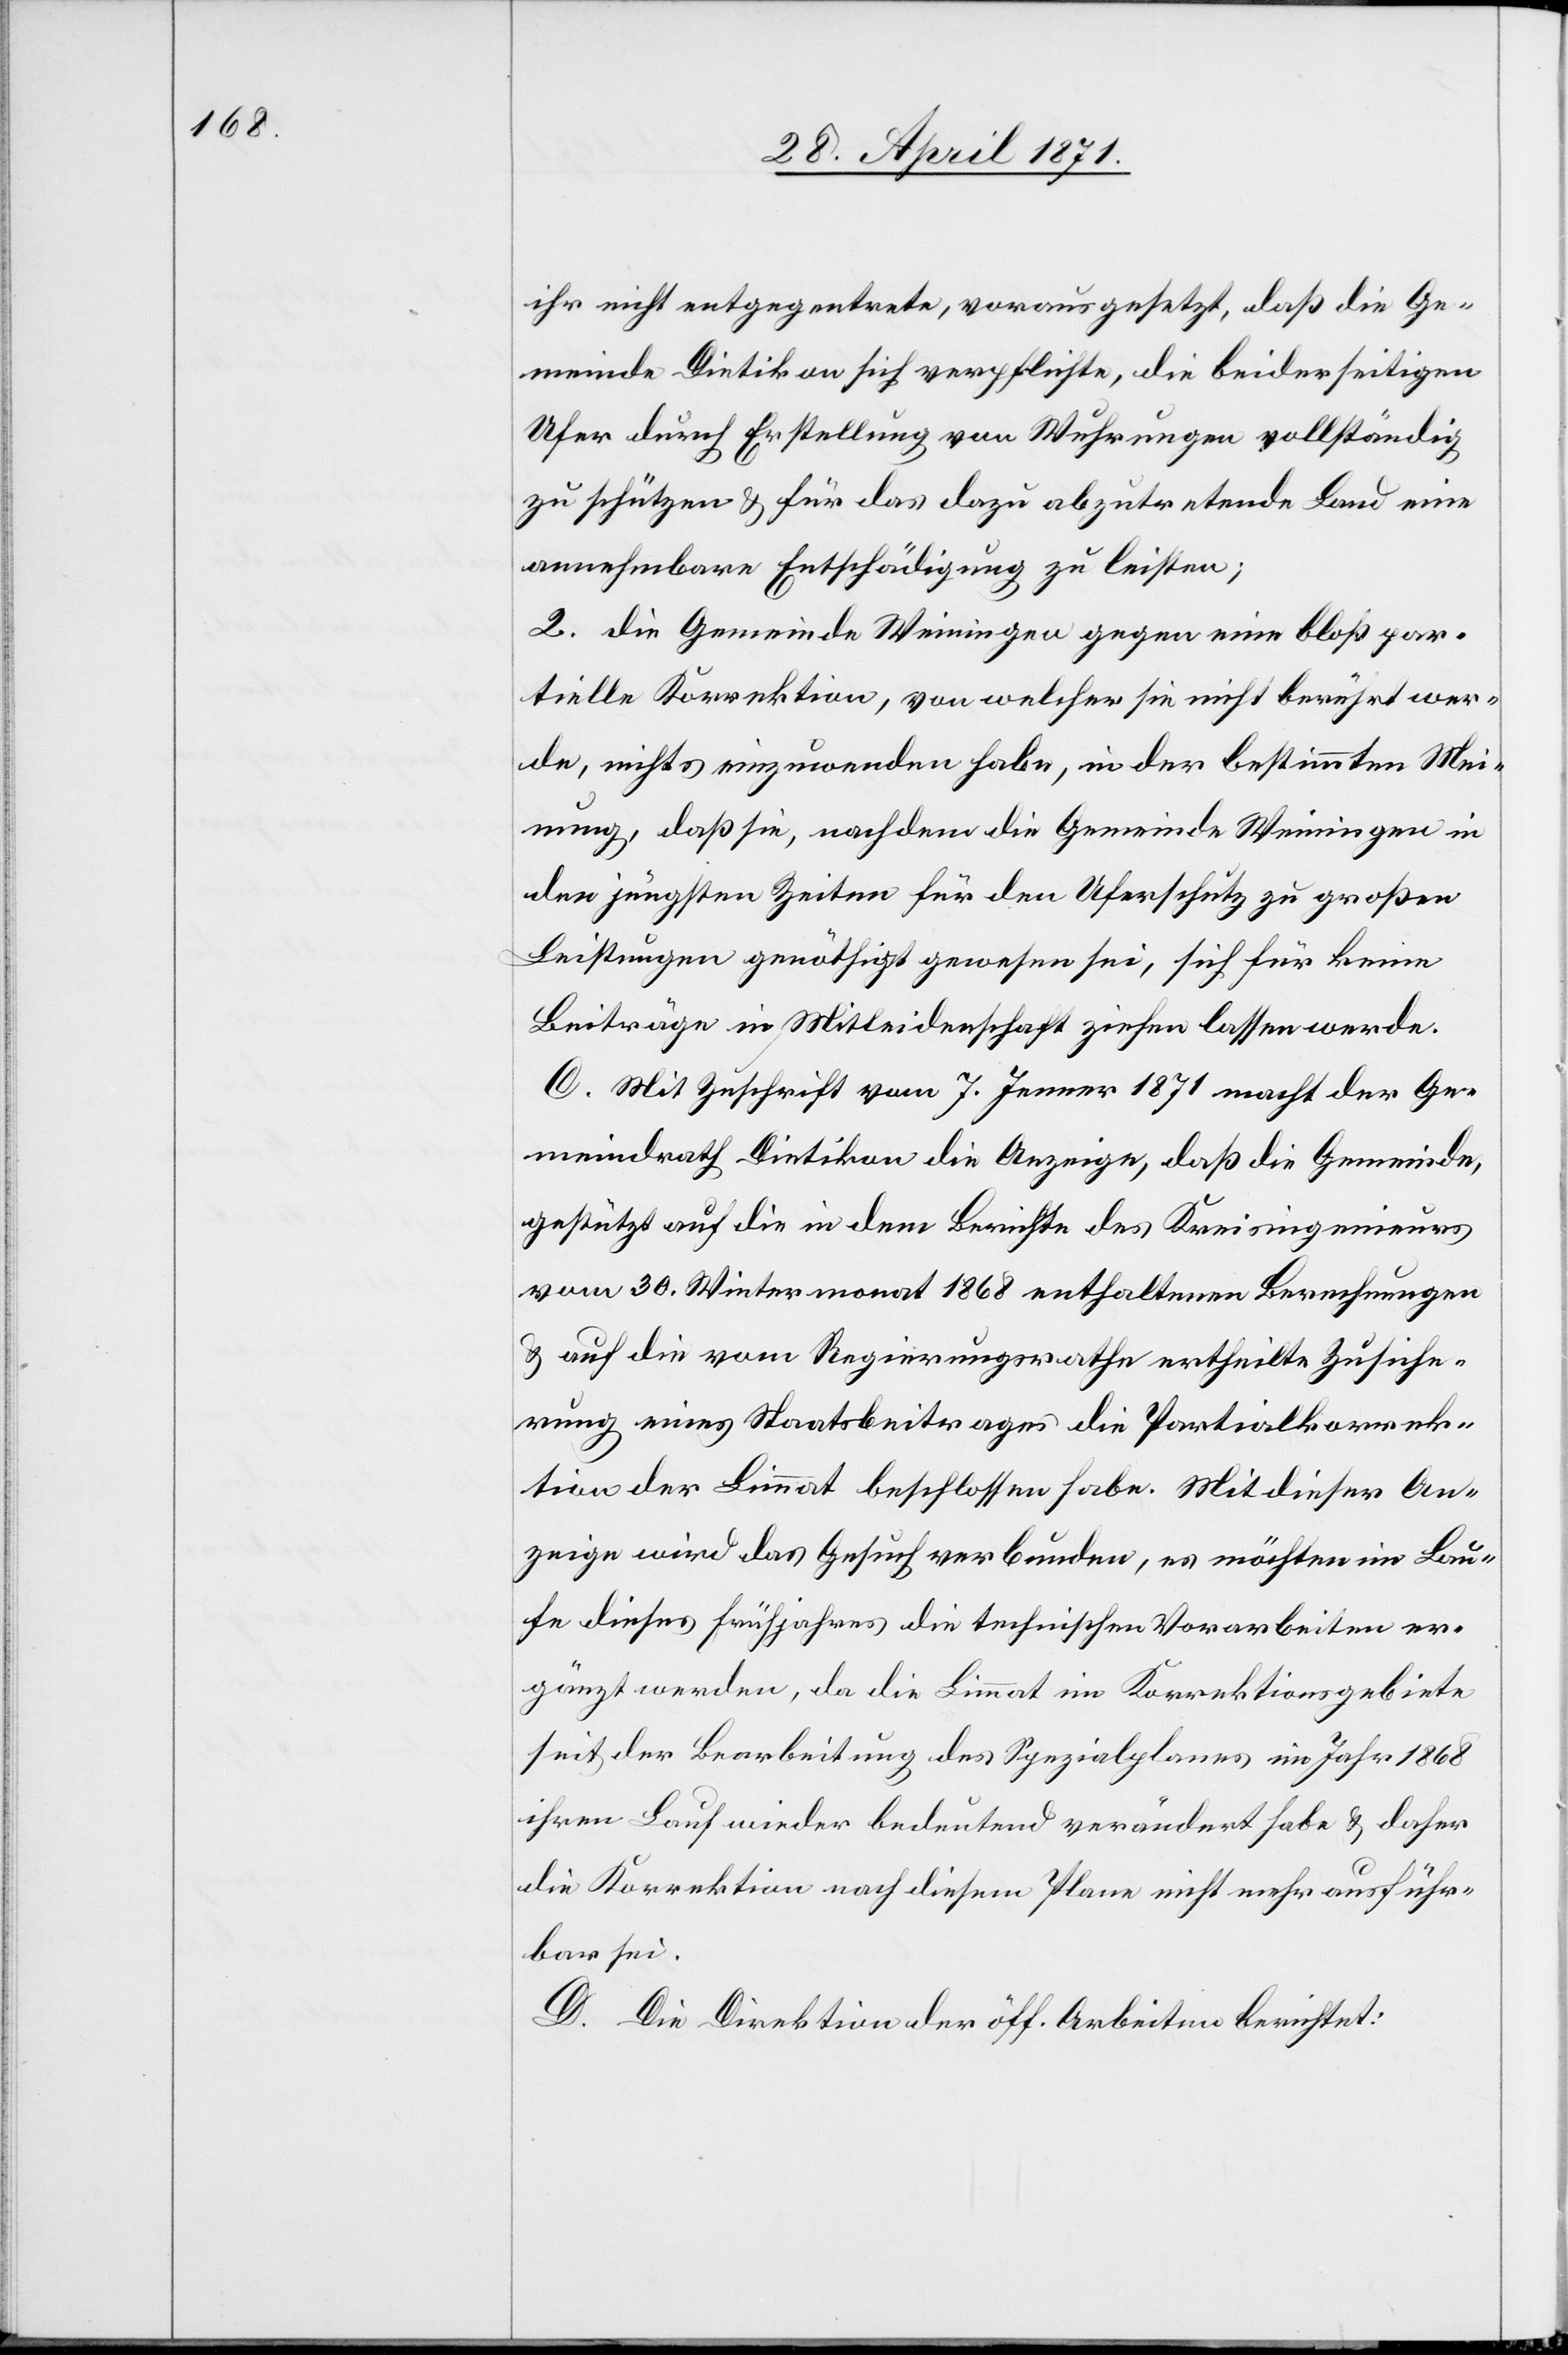
ihr nicht entgegentrete, vorausgesetzt, daß die Ge¬
meinde Dietikon sich verpflichte, die beiderseitigen
Ufer durch Erstellung von Wuhrungen vollständig
zu schützen u. für das dazu abzutretende Land eine
annehmbare Entschädigung zu leisten;
2. die Gemeinde Weiningen gegen eine bloß par¬
tielle Korrektion, von welcher sie nicht berührt wer¬
de, nichts einzuwenden habe, in der bestimmten Mei¬
nung, daß sie, nachdem die Gemeinde Weiningen in
den jüngsten Zeiten für den Uferschutz zu großen
Leistungen genöthigt gewesen sei, sich für keine
Beiträge in Mitleidenschaft ziehen lassen werde.
C. Mit Zuschrift vom 7. Jenner 1871 macht der Ge¬
meindrath Dietikon die Anzeige, daß die Gemeinde,
gestützt auf die in dem Berichte des Kreisingenieurs
vom 30. Wintermonat 1868 enthaltenen Berechnungen
u. auf die vom Regierungsrathe ertheilte Zusiche¬
rung eines Staatsbeitrages die Partialkorrek¬
tion der Limmat beschlossen habe. Mit dieser An¬
zeige wird das Gesuch verbunden, es möchten im Lau¬
fe dieses Frühjahres die technischen Vorarbeiten er¬
gänzt werden, da die Limmat im Korrektionsgebiete
seit der Bearbeitung des Spezialplanes im Jahr 1868
ihren Lauf wieder bedeutend verändert habe u. daher
die Korrektion nach diesem Plane nicht mehr ausführ¬
bar sei.
D. Die Direktion der öff. Arbeiten berichtet: